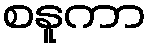
စနူကာ